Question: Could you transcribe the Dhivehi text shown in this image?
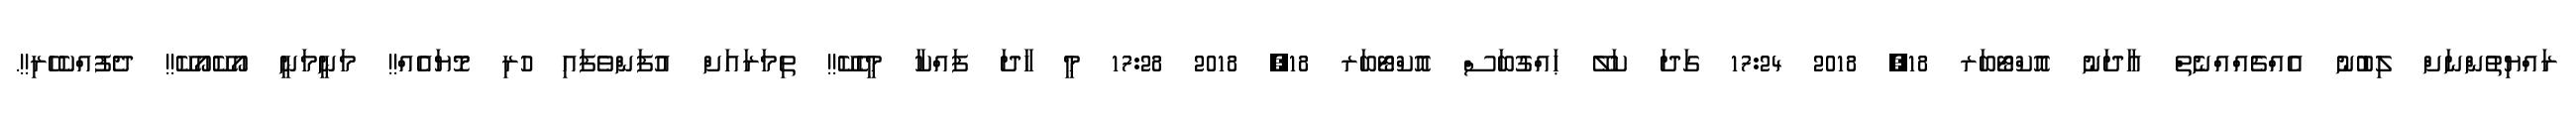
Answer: ރައްޔިތުންނަށް ލިބުނު އެއްޗެއްއްނެތް އާދަނު އޮކްޓޯބަރ 18, 2018 17:24 ގަދަ ކަލޭ ޙައްގުބަސް އޮކްޓޯބަރ 18, 2018 17:28 މީ ހާދަ ފައްކާ މީހެކޭ!! ތިމަރައަށް އުފަންވެފައި ހުރި މޮޔައެއް!! މަނީމަނީ އޯކޭއޯކޭ!! ދެފުއްކެހެރި!!.